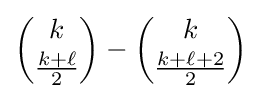
{\binom {k}{\frac {k+\ell }{2}}}-{\binom {k}{\frac {k+\ell +2}{2}}}